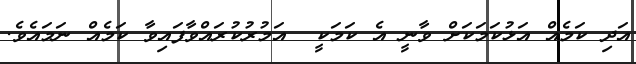
އަދި ކަމެއް އަޅުކަމަކަށް ވާނީ އެ ކަމަކީ  އަމުރުކުރައްވާފައިވާ ކަމެއް ނަމައެވެ.